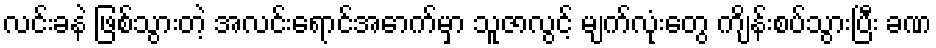
လင်းခနဲ ဖြစ်သွားတဲ့ အလင်းရောင်အောက်မှာ သူဇာလွင့် မျက်လုံးတွေ ကျိန်းစပ်သွားပြီး ခဏ